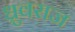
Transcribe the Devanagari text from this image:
ध्रुवराज